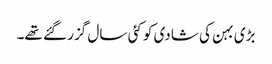
بڑی بہن کی شادی کو کئی سال گزر گئے تھے۔